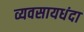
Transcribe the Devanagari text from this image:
व्यवसायधंदा